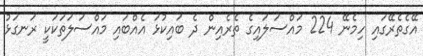
އޭގެތެރޭގައި ހިމެނޭ 224 މައްސަލަައިގެ ތެރެއިން ދެ ބައިކުޅަ އެއްބައި މައްސަލަތަކަކީ ރަނގަޅު